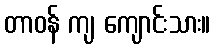
တာဝန် ကျ ကျောင်းသား။